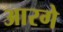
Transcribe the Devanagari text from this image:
आरगे